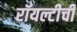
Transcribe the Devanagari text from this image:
रॉयल्टीची